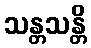
သန္တသန္တိ